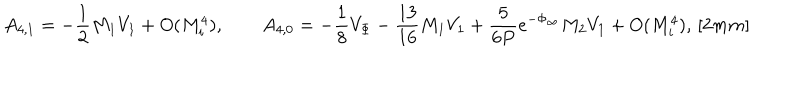
A _ { 4 , 1 } = - \frac { 1 } { 2 } M _ { 1 } V _ { 1 } + O ( M _ { i } ^ { 4 } ) , \qquad A _ { 4 , 0 } = - \frac { 1 } { 8 } V _ { \Phi } - \frac { 1 3 } { 1 6 } M _ { 1 } V _ { 1 } + \frac { 5 } { 6 P } e ^ { - \Phi _ { \infty } } M _ { 2 } V _ { 1 } + O ( M _ { i } ^ { 4 } ) , \, [ 2 m m ]